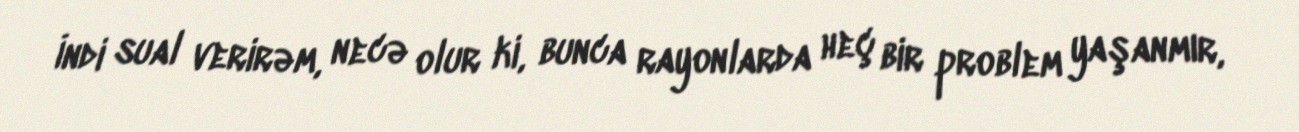
İndi sual verirəm, necə olur ki, bunca rayonlarda heç bir problem yaşanmır,